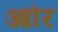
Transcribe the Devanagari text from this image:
आौर